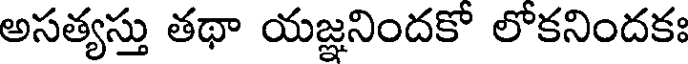
అసత్యస్తు తథా యజ్ఞనిందకో లోకనిందకః